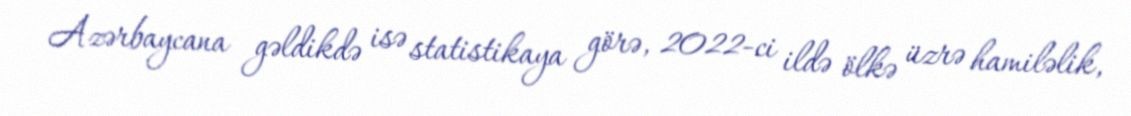
Azərbaycana gəldikdə isə statistikaya görə, 2022-ci ildə ölkə üzrə hamiləlik,